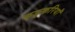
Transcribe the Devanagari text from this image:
कङ्करियाँ